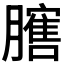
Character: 𱼡